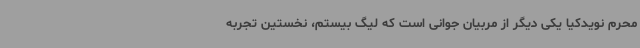
محرم نویدکیا یکی دیگر از مربیان جوانی است که لیگ بیستم، نخستین تجربه